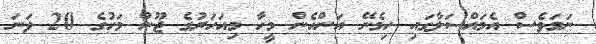
ނަމަވެސް އެމައްސަލާގައި ހިމެނޭ އަންހެން މީހާ މިއަހަރުގެ ޖޫން މަހުގެ 20 ވަނަ